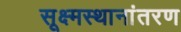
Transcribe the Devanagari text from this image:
सूक्ष्मस्थानांतरण